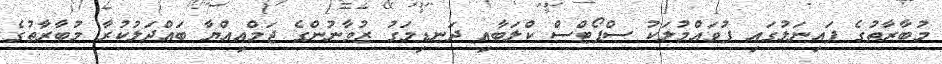
މުބާރާތުގެ ފައިނަލުގައި ފުވައްމުލަކު ސްޕޯޓްސް ކްލަބާއި ދަނޑިމަގު ޒުވާނުންގެ ޖަމްއިއްޔާ ބައްދަލުކުރާ މުބާރާތުގެ